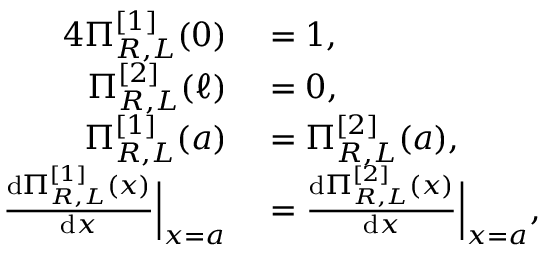
\begin{array} { r l } { { 4 } \Pi _ { R , L } ^ { [ 1 ] } ( 0 ) } & { { } = 1 , } \\ { \Pi _ { R , L } ^ { [ 2 ] } ( \ell ) } & { { } = 0 , } \\ { \Pi _ { R , L } ^ { [ 1 ] } ( a ) } & { { } = \Pi _ { R , L } ^ { [ 2 ] } ( a ) , } \\ { \frac { \mathrm { d } \Pi _ { R , L } ^ { [ 1 ] } ( x ) } { \mathrm { d } x } \Big | _ { x = a } } & { { } = \frac { \mathrm { d } \Pi _ { R , L } ^ { [ 2 ] } ( x ) } { \mathrm { d } x } \Big | _ { x = a } , } \end{array}